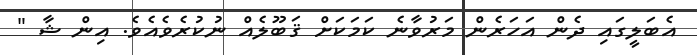
އެބަލީގައި ދެން އަހަރެން މަރުވާނެ ކަމަކަށް ޤަބޫލެއް ނުކުރެވެއެވެ. އިން ޝާ "